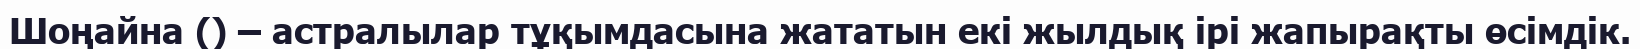
Шоңайна () – астралылар тұқымдасына жататын екі жылдық ірі жапырақты өсімдік.